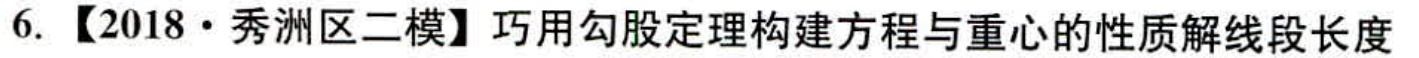
6. 【2018·秀洲区二模】巧用勾股定理构建方程与重心的性质解线段长度